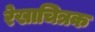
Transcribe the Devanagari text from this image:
रेखाचित्रक